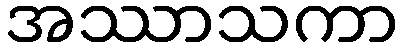
အဿာသကာ